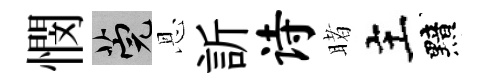
憫筦恩訢诗睹主黯